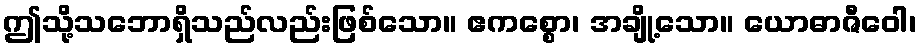
ဤသို့သဘောရှိသည်လည်းဖြစ်သော။ ဧကစ္စော၊ အချို့သော။ ယောဓာဇီဝေါ၊